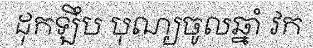
ដុកឡឹប បុណ្យចូលឆ្នាំ វក